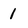
Character: 1